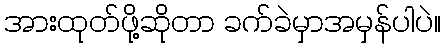
အားထုတ်ဖို့ဆိုတာ ခက်ခဲမှာအမှန်ပါပဲ။